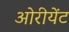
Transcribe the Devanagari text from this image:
ओरीयेंट